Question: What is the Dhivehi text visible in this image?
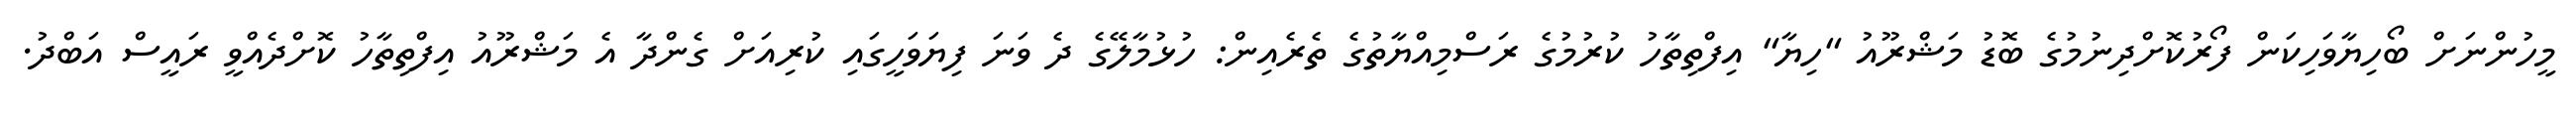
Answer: މީހުންނަށް ބޯހިޔާވަހިކަން ފޯރުކޮށްދިނުމުގެ ބޮޑު މަޝްރޫއު "ހިޔާ" އިފްތިތާހު ކުރުމުގެ ރަސްމިއްޔާތުގެ ތެރެއިން: ހުޅުމާލޭގެ ދެ ވަނަ ފިޔަވަހީގައި ކުރިއަށް ގެންދާ އެ މަޝްރޫއު އިފްތިތާހު ކޮށްދެއްވީ ރައީސް އަބްދު.